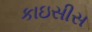
કાઇસીસ